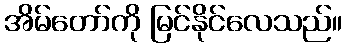
အိမ်တော်ကို မြင်နိုင်လေသည်။